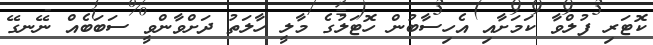
ކޮޓަރި ފުލްވާ ކަމަށާއި އެހިސާބުން ހޮޓަލުގެ މާލީ ހާލަތު ދަށްވާންވީ ސަބަބެއް ނޭނގޭ